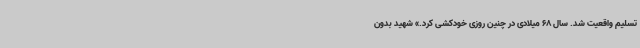
تسلیم واقعیت شد. سال 68 میلادی در چنین روزی خودکشی کرد.» شهید بدون